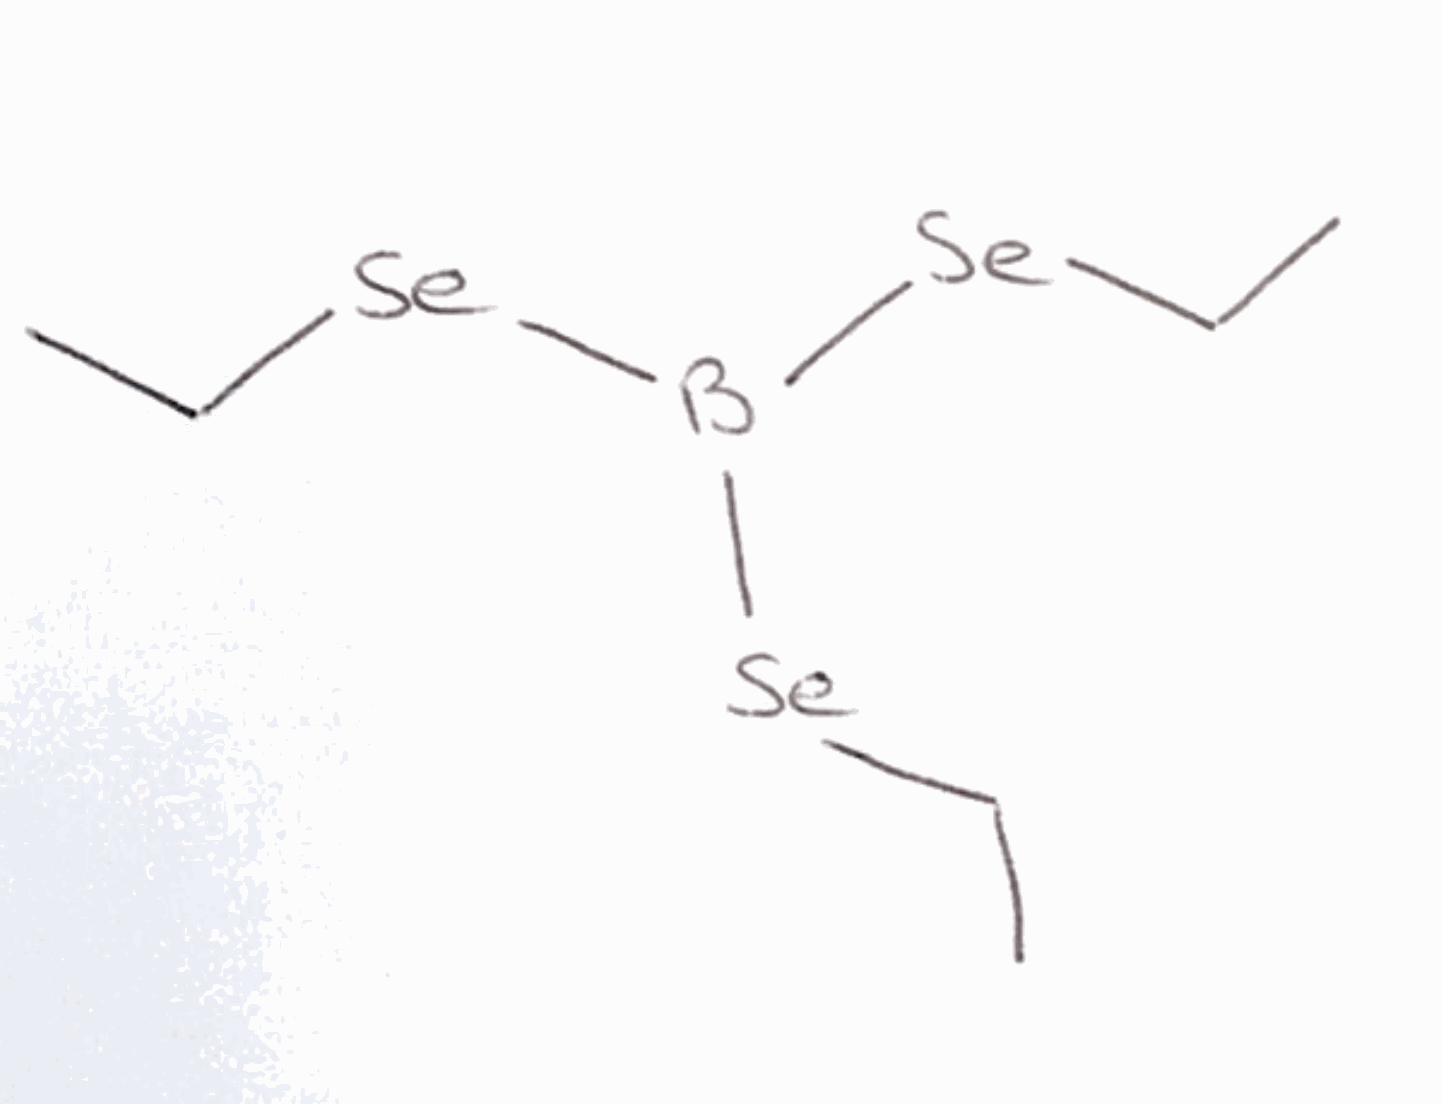
Simplified molecular-input line-entry system (SMILES) notation of the given molecule:
B([Se]CC)([Se]CC)[Se]CC